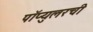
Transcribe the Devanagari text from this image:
पॉप्युलरची